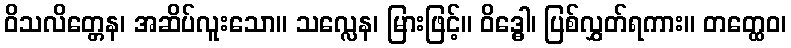
ဝိသလိတ္တေန၊ အဆိပ်လူးသော။ သလ္လေန၊ မြားဖြင့်။ ဝိဒ္ဓေါ၊ ပြစ်လွှတ်ရကား။ တတ္ထေဝ၊